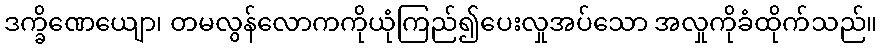
ဒက္ခိဏေယျော၊ တမလွန်လောကကိုယုံကြည်၍ပေးလှုအပ်သော အလှုကိုခံထိုက်သည်။